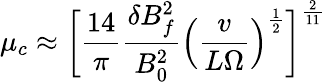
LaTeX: \mu_{c}\approx\bigg[\frac{14}{\pi}\frac{\delta B_{f}^{2}}{B_{0}^{2}}\Big(\frac{v}{L\Omega}\Big)^{\frac{1}{2}}\bigg]^{\frac{2}{11}}